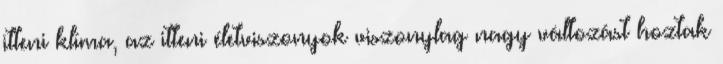
itteni klíma, az itteni életviszonyok viszonylag nagy változást hoztak